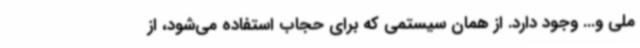
ملی و... وجود دارد. از همان سیستمی که برای حجاب استفاده می‌شود، از